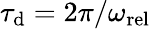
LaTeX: \tau_{\mathrm{d}}=2\pi/\omega_{\mathrm{rel}}